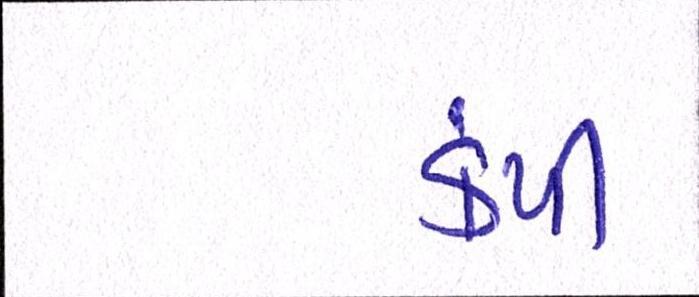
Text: કંપી